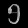
Digit: ၅